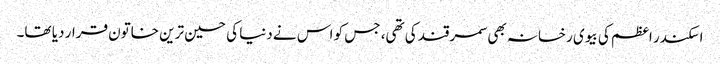
اسکندر اعظم کی بیوی رخسانہ بھی سمرقند کی تھی، جس کو اس نے دنیا کی حسین ترین خاتون قرار دیا تھا۔